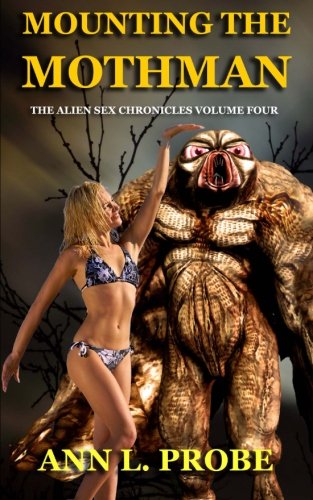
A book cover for Mounting the Mothman (The Alien Sex Chronicles) (Volume 4); Ann L. Probe; Romance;